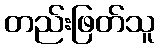
တည်းဖြတ်သူ